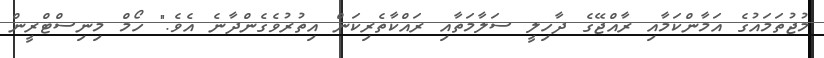
މުޖުތަމައުގެ އަމާންކަމާއި ރާއްޖޭގެ ދާހިލީ ސަލާމަތާއި ރައްކާތެރިކަން އިތުރުވެގެންދާނެ އެވެ." ހޯމް މިނިސްޓްރީން